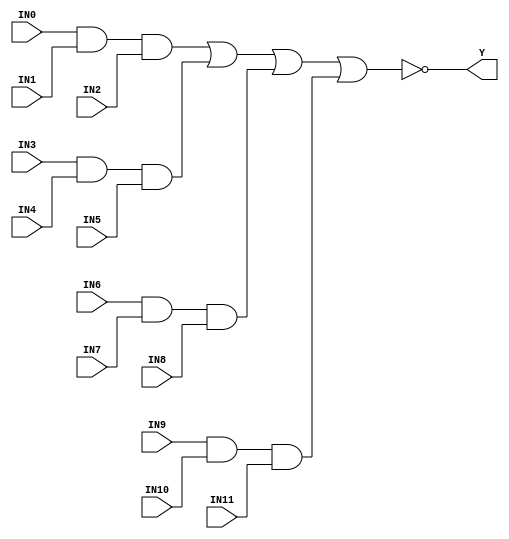
//------------------------------------------------------
// Copyright 1992, 1993 Cascade Design Automation Corporation.
//------------------------------------------------------
module aoi3333(IN0,IN1,IN2,IN3,IN4,IN5,IN6,IN7,IN8,IN9,IN10,IN11,Y);
  parameter N = 8;
  parameter DPFLAG = 0;
  parameter GROUP = "std";
  parameter
        d_IN0 = 0,
        d_IN1 = 0,
        d_IN2 = 0,
        d_IN3 = 0,
        d_IN4 = 0,
        d_IN5 = 0,
        d_IN6 = 0,
        d_IN7 = 0,
        d_IN8 = 0,
        d_IN9 = 0,
        d_IN10 = 0,
        d_IN11 = 0,
        d_Y = 1;
  input [(N - 1):0] IN0;
  input [(N - 1):0] IN1;
  input [(N - 1):0] IN2;
  input [(N - 1):0] IN3;
  input [(N - 1):0] IN4;
  input [(N - 1):0] IN5;
  input [(N - 1):0] IN6;
  input [(N - 1):0] IN7;
  input [(N - 1):0] IN8;
  input [(N - 1):0] IN9;
  input [(N - 1):0] IN10;
  input [(N - 1):0] IN11;
  output [(N - 1):0] Y;
  wire [(N - 1):0] IN0_temp;
  wire [(N - 1):0] IN1_temp;
  wire [(N - 1):0] IN2_temp;
  wire [(N - 1):0] IN3_temp;
  wire [(N - 1):0] IN4_temp;
  wire [(N - 1):0] IN5_temp;
  wire [(N - 1):0] IN6_temp;
  wire [(N - 1):0] IN7_temp;
  wire [(N - 1):0] IN8_temp;
  wire [(N - 1):0] IN9_temp;
  wire [(N - 1):0] IN10_temp;
  wire [(N - 1):0] IN11_temp;
  reg [(N - 1):0] Y_temp;
  assign #(d_IN0) IN0_temp = IN0;
  assign #(d_IN1) IN1_temp = IN1;
  assign #(d_IN2) IN2_temp = IN2;
  assign #(d_IN3) IN3_temp = IN3;
  assign #(d_IN4) IN4_temp = IN4;
  assign #(d_IN5) IN5_temp = IN5;
  assign #(d_IN6) IN6_temp = IN6;
  assign #(d_IN7) IN7_temp = IN7;
  assign #(d_IN8) IN8_temp = IN8;
  assign #(d_IN9) IN9_temp = IN9;
  assign #(d_IN10) IN10_temp = IN10;
  assign #(d_IN11) IN11_temp = IN11;
  assign #(d_Y) Y = Y_temp;
  initial
    begin
    if((DPFLAG == 1))
      $display("(WARNING) The instance %m of type aoi3333 can't be implemented as a data-path cell");
    end
  always
    @(IN0_temp or IN1_temp or IN2_temp or IN3_temp or IN4_temp or IN5_temp or IN6_temp or IN7_temp or IN8_temp or IN9_temp or IN10_temp or IN11_temp)
      begin
      Y_temp = ( ~ (((((IN0_temp & IN1_temp) & IN2_temp) | ((IN3_temp & IN4_temp) & IN5_temp)) | ((IN6_temp & IN7_temp) & IN8_temp)) | ((IN9_temp & IN10_temp) & IN11_temp)));
      end
endmodule